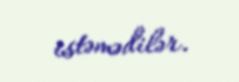
istəmədilər.